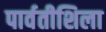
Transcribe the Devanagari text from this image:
पार्वतीशिला